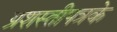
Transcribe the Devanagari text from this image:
प्रशस्तीपत्रके